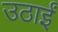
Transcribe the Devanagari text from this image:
उठाईं